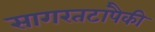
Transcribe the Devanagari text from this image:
सागरतटांपैकी